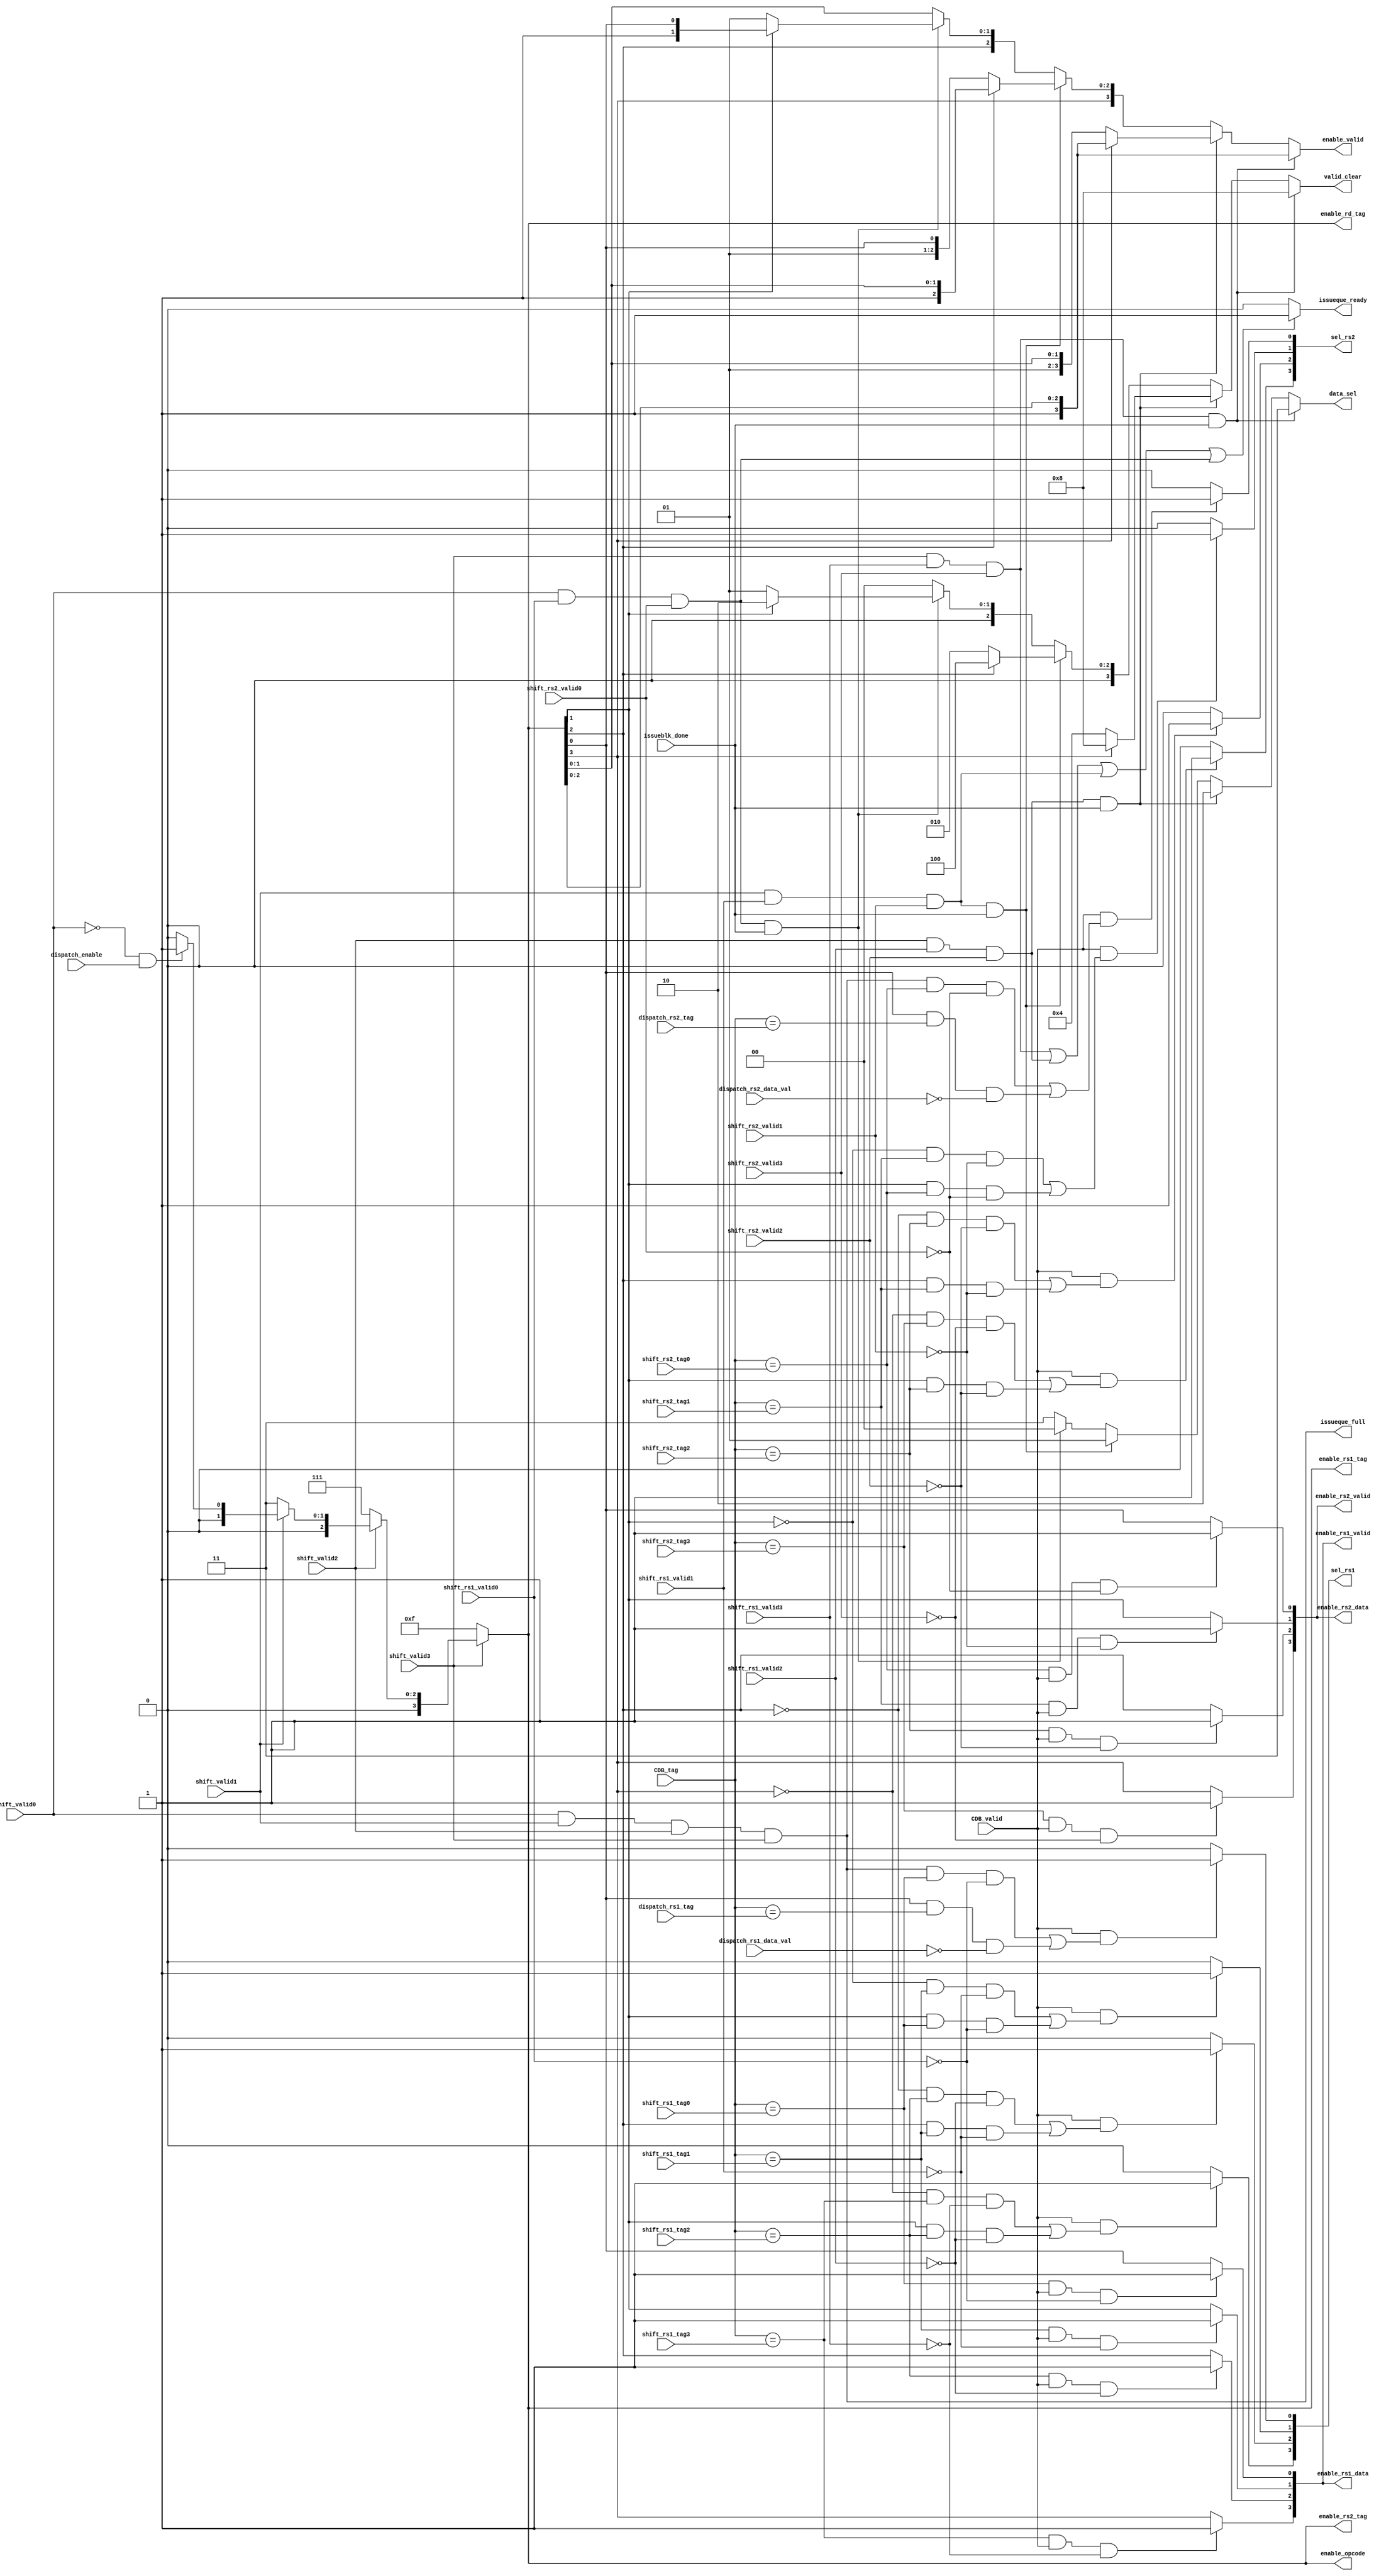
module Shift_update_control(
	shift_rs1_tag0,
	shift_rs1_tag1,
	shift_rs1_tag2,
	shift_rs1_tag3,
	shift_rs2_tag0,
	shift_rs2_tag1,
	shift_rs2_tag2,
	shift_rs2_tag3,
	dispatch_rs1_tag,
	dispatch_rs1_data_val,
	dispatch_rs2_tag,
	dispatch_rs2_data_val,
	dispatch_enable,
	CDB_tag,
	CDB_valid,
	shift_valid0,
	shift_valid1,
	shift_valid2,
	shift_valid3,
	shift_rs1_valid0,
	shift_rs1_valid1,
	shift_rs1_valid2,
	shift_rs1_valid3,
	shift_rs2_valid0,
	shift_rs2_valid1,
	shift_rs2_valid2,
	shift_rs2_valid3,
	sel_rs1,
	sel_rs2,
	enable_rs1_valid,
	enable_rs2_valid,
	enable_valid,
	enable_opcode,
	enable_rd_tag,
	enable_rs1_tag,
	enable_rs2_tag,
	enable_rs1_data,
	enable_rs2_data,
	data_sel,
	valid_clear,
	issueque_full,
	issueque_ready,
	issueblk_done
);

input [5:0] shift_rs1_tag0;
input [5:0] shift_rs1_tag1;
input [5:0] shift_rs1_tag2;
input [5:0] shift_rs1_tag3;
input [5:0] shift_rs2_tag0;
input [5:0] shift_rs2_tag1;
input [5:0] shift_rs2_tag2;
input [5:0] shift_rs2_tag3;
input [5:0] dispatch_rs1_tag;
input dispatch_rs1_data_val;
input [5:0] dispatch_rs2_tag;
input dispatch_rs2_data_val;
input dispatch_enable;
input [5:0] CDB_tag;
input CDB_valid;
input shift_valid0;
input shift_valid1;
input shift_valid2;
input shift_valid3;
input shift_rs1_valid0;
input shift_rs1_valid1;
input shift_rs1_valid2;
input shift_rs1_valid3;
input shift_rs2_valid0;
input shift_rs2_valid1;
input shift_rs2_valid2;
input shift_rs2_valid3;
output [3:0] sel_rs1;
output [3:0] sel_rs2;
output [3:0] enable_rs1_valid;
output [3:0] enable_rs2_valid;
output reg [3:0] enable_valid;
output [3:0] enable_opcode;
output [3:0] enable_rd_tag;
output [3:0] enable_rs1_tag;
output [3:0] enable_rs2_tag;
output [3:0] enable_rs1_data;
output [3:0] enable_rs2_data;
output reg [1:0] data_sel;
output reg [3:0] valid_clear;
output issueque_full;
output issueque_ready;
input issueblk_done;

reg [3:0] shift_en;

assign sel_rs1[0] = CDB_valid && ((issueque_full && (CDB_tag == shift_rs1_tag0) && !shift_rs1_valid0) || (shift_en[0] && (CDB_tag == dispatch_rs1_tag) && !dispatch_rs1_data_val)) ? 1'b1 : 1'b0 ;
assign sel_rs1[1] = CDB_valid && ( (!shift_en[1] && (CDB_tag == shift_rs1_tag1) && !shift_rs1_valid1) || (shift_en[1] && (CDB_tag == shift_rs1_tag0) && !shift_rs1_valid0)) ? 1'b1 : 1'b0 ;
assign sel_rs1[2] = CDB_valid && ( (!shift_en[2] && (CDB_tag == shift_rs1_tag2) && !shift_rs1_valid2) || (shift_en[2] && (CDB_tag == shift_rs1_tag1) && !shift_rs1_valid1)) ? 1'b1 : 1'b0 ;
assign sel_rs1[3] = CDB_valid && ( (!shift_en[3] && (CDB_tag == shift_rs1_tag3) && !shift_rs1_valid3) || (shift_en[1] && (CDB_tag == shift_rs1_tag2) && !shift_rs1_valid2)) ? 1'b1 : 1'b0 ;


assign sel_rs2[0] = CDB_valid && ((issueque_full && (CDB_tag == shift_rs2_tag0) && !shift_rs2_valid0) || (shift_en[0] && (CDB_tag == dispatch_rs2_tag) && !dispatch_rs2_data_val)) ? 1'b1 : 1'b0 ;
assign sel_rs2[1] = CDB_valid && ( (!shift_en[1] && (CDB_tag == shift_rs2_tag1) && !shift_rs2_valid1) || (shift_en[1] && (CDB_tag == shift_rs2_tag0) && !shift_rs2_valid0)) ? 1'b1 : 1'b0 ;
assign sel_rs2[2] = CDB_valid && ( (!shift_en[2] && (CDB_tag == shift_rs2_tag2) && !shift_rs2_valid2) || (shift_en[2] && (CDB_tag == shift_rs2_tag1) && !shift_rs2_valid1)) ? 1'b1 : 1'b0 ;
assign sel_rs2[3] = CDB_valid && ( (!shift_en[3] && (CDB_tag == shift_rs2_tag3) && !shift_rs2_valid3) || (shift_en[1] && (CDB_tag == shift_rs2_tag2) && !shift_rs2_valid2)) ? 1'b1 : 1'b0 ;

assign issueque_full = shift_valid0 & shift_valid1 & shift_valid2 & shift_valid3;

//assign enable_valid = shift_en;
assign enable_opcode = shift_en;
assign enable_rd_tag = shift_en;
assign enable_rs1_tag = shift_en;
assign enable_rs2_tag = shift_en;
assign enable_rs1_data[0]  = (CDB_tag == shift_rs1_tag0) && CDB_valid && !shift_rs1_valid0 ? 1'b1 : shift_en[0];
assign enable_rs1_data[1]  = (CDB_tag == shift_rs1_tag1) && CDB_valid && !shift_rs1_valid1 ? 1'b1 : shift_en[1];
assign enable_rs1_data[2]  = (CDB_tag == shift_rs1_tag2) && CDB_valid && !shift_rs1_valid2 ? 1'b1 : shift_en[2];
assign enable_rs1_data[3]  = (CDB_tag == shift_rs1_tag3) && CDB_valid && !shift_rs1_valid3 ? 1'b1 : shift_en[3];
assign enable_rs1_valid[0] = (CDB_tag == shift_rs1_tag0) && CDB_valid && !shift_rs1_valid0 ? 1'b1 : shift_en[0];
assign enable_rs1_valid[1] = (CDB_tag == shift_rs1_tag1) && CDB_valid && !shift_rs1_valid1 ? 1'b1 : shift_en[1];
assign enable_rs1_valid[2] = (CDB_tag == shift_rs1_tag2) && CDB_valid && !shift_rs1_valid2 ? 1'b1 : shift_en[2];
assign enable_rs1_valid[3] = (CDB_tag == shift_rs1_tag3) && CDB_valid && !shift_rs1_valid3 ? 1'b1 : shift_en[3];
assign enable_rs2_data[0]  = (CDB_tag == shift_rs2_tag0) && CDB_valid && !shift_rs2_valid0 ? 1'b1 : shift_en[0];
assign enable_rs2_data[1]  = (CDB_tag == shift_rs2_tag1) && CDB_valid && !shift_rs2_valid1 ? 1'b1 : shift_en[1];
assign enable_rs2_data[2]  = (CDB_tag == shift_rs2_tag2) && CDB_valid && !shift_rs2_valid2 ? 1'b1 : shift_en[2];
assign enable_rs2_data[3]  = (CDB_tag == shift_rs2_tag3) && CDB_valid && !shift_rs2_valid3 ? 1'b1 : shift_en[3];
assign enable_rs2_valid[0] = (CDB_tag == shift_rs2_tag0) && CDB_valid && !shift_rs2_valid0 ? 1'b1 : shift_en[0];
assign enable_rs2_valid[1] = (CDB_tag == shift_rs2_tag1) && CDB_valid && !shift_rs2_valid1 ? 1'b1 : shift_en[1];
assign enable_rs2_valid[2] = (CDB_tag == shift_rs2_tag2) && CDB_valid && !shift_rs2_valid2 ? 1'b1 : shift_en[2];
assign enable_rs2_valid[3] = (CDB_tag == shift_rs2_tag3) && CDB_valid && !shift_rs2_valid3 ? 1'b1 : shift_en[3];
assign issueque_ready = (shift_valid3 && shift_rs1_valid3 && shift_rs2_valid3) || 
								(shift_valid2 && shift_rs1_valid2 && shift_rs2_valid2) || 
								(shift_valid1 && shift_rs1_valid1 && shift_rs2_valid1) || 
								(shift_valid0 && shift_rs1_valid0 && shift_rs2_valid0) ?
								1'b1 : 1'b0;

always @* begin
	
	if (!(shift_valid3)) begin
		shift_en = 4'b1111;
	end
	else if (!(shift_valid2)) begin
		shift_en = 4'b0111;
	end
	else if (!(shift_valid1)) begin
		shift_en = 4'b0011;
	end
	else if (!(shift_valid0) && dispatch_enable) begin
		shift_en = 4'b0001;
	end
	/*else if (issueblk_done) begin
		shift_en = 4'b0000;
	end*/
	else begin
		shift_en = 4'b0000;
	end
end

always @* begin
	if (shift_valid3 && shift_rs1_valid3 && shift_rs2_valid3 && issueblk_done) begin
		//issueque_ready = 1'b1;
		data_sel = 2'b11;
		valid_clear = 4'b1000;
		enable_valid = {1'b1, shift_en[2:0]};
	end
	else if (shift_valid2 && shift_rs1_valid2 && shift_rs2_valid2 && issueblk_done) begin
		//issueque_ready = 1'b1;
		data_sel = 2'b10;
		if (shift_en[3] == 1'b1) begin
			valid_clear = 4'b1000;
			enable_valid = {1'b1, shift_en[2:0]};
		end
		else begin
			valid_clear = 4'b0100;
			enable_valid ={shift_en[3], 1'b1, shift_en[1:0]};
		end
	end
	else if (shift_valid1 && shift_rs1_valid1 && shift_rs2_valid1 && issueblk_done) begin
		//issueque_ready = 1'b1;
		data_sel = 2'b01;
		if (shift_en[2] == 1'b1) begin
			valid_clear = 4'b0100;
			enable_valid ={shift_en[3], 1'b1, shift_en[1:0]};
		end
		else begin
			valid_clear = 4'b0010;
			enable_valid ={shift_en[3:2], 1'b1, shift_en[0]};
		end
	end
	else if (shift_valid0 && shift_rs1_valid0 && shift_rs2_valid0 && issueblk_done) begin
		//issueque_ready = 1'b1;
		data_sel = 2'b00;
		if (shift_en[1] == 1'b1) begin
			valid_clear = 4'b0010;
			enable_valid ={shift_en[3:2], 1'b1, shift_en[0]};
		end
		else begin
			valid_clear = 4'b0001;
			enable_valid ={shift_en[3:1], 1'b1};
		end
	end
	else begin
		//issueque_ready = 1'b0;
		data_sel = 2'b11;
		valid_clear = 4'b0000;
		enable_valid = shift_en;
	end
end

endmodule